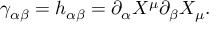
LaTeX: \gamma _ { \alpha \beta } = h _ { \alpha \beta } = \partial _ { \alpha } X ^ { \mu } \partial _ { \beta } X _ { \mu } .